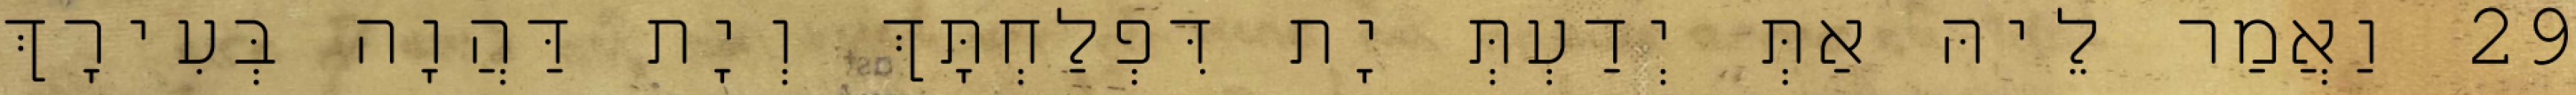
29 וַאֲמַר לֵיהּ אַתְּ יְדַעְתְּ יָת דִּפְלַחְתָּךְ וְיָת דַּהֲוָה בְּעִירָךְ